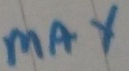
Text: max